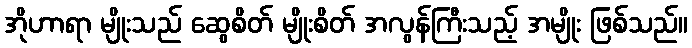
အိုဟာရာ မျိုးသည် ဆွေစိတ် မျိုးစိတ် အလွန်ကြီးသည့် အမျိုး ဖြစ်သည်။